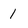
Character: 1